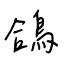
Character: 鴿